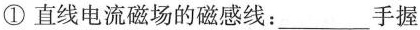
① 直线电流磁场的磁感线：__手握